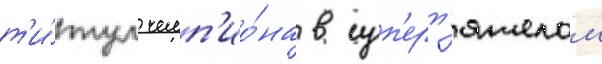
т'и́тул чемп'ио́на в суп'ерт'яжелом